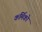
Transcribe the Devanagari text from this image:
कर्मिको